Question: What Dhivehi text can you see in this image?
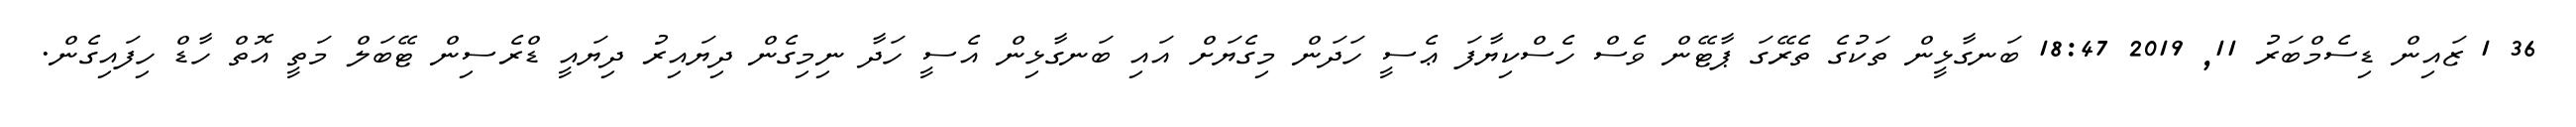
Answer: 36 1 ޒައިން ޑިސެމްބަރު 11, 2019 18:47 ބަނގާޅީން ތަކުގެ ތެރޭގަ ޕާޓޭން ވެސް ހެސްކިޔާފަ ޢެސީ ހަދަން މިގެޔަށް އައި ބަނގާޅިން އެސީ ހަދާ ނިމިގެން ދިޔައިރު ދިޔައީ ޑްރެސިން ޓޭބަލް މަތީ އޮތް ހާޑް ހިފައިގެން.